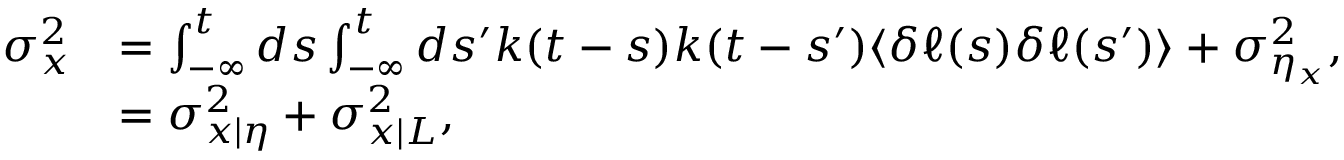
\begin{array} { r l } { \sigma _ { x } ^ { 2 } } & { = \int _ { - \infty } ^ { t } d s \int _ { - \infty } ^ { t } d s ^ { \prime } k ( t - s ) k ( t - s ^ { \prime } ) \langle \delta \ell ( s ) \delta \ell ( s ^ { \prime } ) \rangle + \sigma _ { \eta _ { x } } ^ { 2 } , } \\ & { = \sigma _ { x | \eta } ^ { 2 } + \sigma _ { x | L } ^ { 2 } , } \end{array}